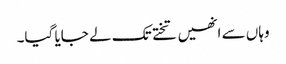
وہاں سے انھیں تختے تک لے جایا گیا۔